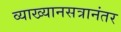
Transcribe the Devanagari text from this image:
व्याख्यानसत्रानंतर